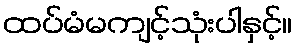
ထပ်မံမကျင့်သုံးပါနှင့်။